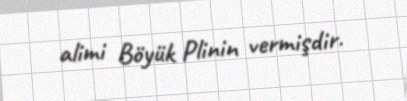
alimi Böyük Plinin vermişdir.